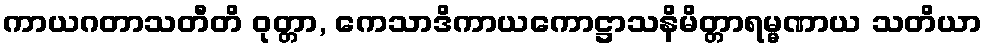
ကာယဂတာသတီတိ ဝုတ္တာ, ကေသာဒိကာယကောဋ္ဌာသနိမိတ္တာရမ္မဏာယ သတိယာ